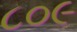
૮૦૯